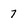
Character: 7